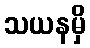
သယနမှိ